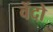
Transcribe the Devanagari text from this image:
वेंदो